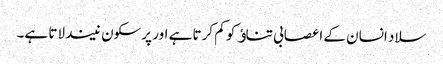
سلاد انسان کے اعصابی تناﺅ کو کم کرتا ہے اور پرسکون نیند لاتا ہے۔